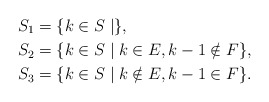
\begin{align*} S_1&=\{k\in S\mid \},\\ S_2&=\{k\in S\mid k\in E,k-1\notin F\},\\ S_3&=\{k\in S\mid k\notin E,k-1\in F\}.\end{align*}